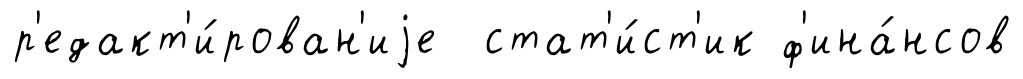
р'едакт'и́рован'иjе стат'и́ст'ик ф'ина́нсов